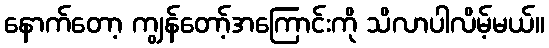
နောက်တော့ ကျွန်တော့်အကြောင်းကို သိလာပါလိမ့်မယ်။